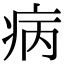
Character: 病